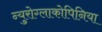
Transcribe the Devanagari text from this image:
न्युरोग्लाकोपिनिया